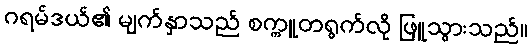
ဂရမ်ဒယ်၏ မျက်နှာသည် စက္ကူတရွက်လို ဖြူသွားသည်။